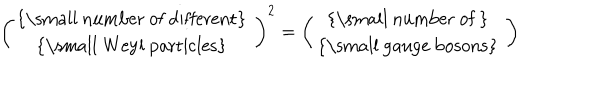
LaTeX: \left( \begin{array} { c } { { \mathrm { { \small ~ n u m b e r ~ o f ~ d i f f e r e n t } ~ } } } \\ { { \mathrm { { \small ~ W e y l ~ p a r t i c l e s } ~ } } } \\ \end{array} \right) ^ { 2 } = \left( \begin{array} { c } { { \mathrm { { \small ~ n u m b e r ~ o f ~ } ~ } } } \\ { { \mathrm { { \small ~ g a u g e ~ b o s o n s } ~ } } } \\ \end{array} \right)